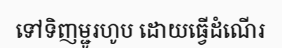
ទៅទិញម្ជូរហូប ដោយធ្វើដំណើរ